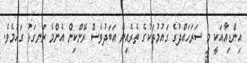
އިންޑިއާއަކީ މި ސަރަަހައްދުގެ ގައުމުތަކުގެ ތެރެއިން އަބަދުވެސް ރޭންކިން އެންމެ ރަނގަޅު ގައުމެވެ.